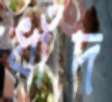
ধাঁদ